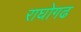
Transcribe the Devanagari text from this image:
राघोगढ